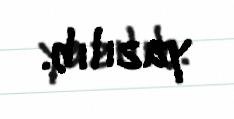
yazılıb.